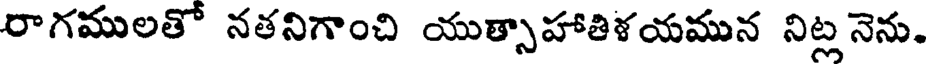
రాగములతో నతనిగాంచి యుత్సాహాతిళయమున నిట్ల నెను.